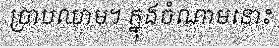
ច្រាបឈាម។ ក្នុងចំណាមនោះ